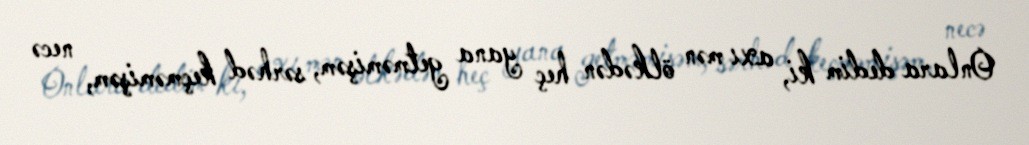
Onlara dedim ki, axı mən ölkədən heç yana getməmişəm, sərhəd keçməmişəm, necə